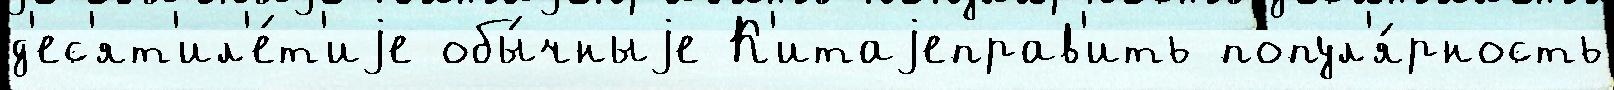
д'ес'ят'ил'е́т'иjе обы́чныjе К'итаjеправ'ить попул'я́рность